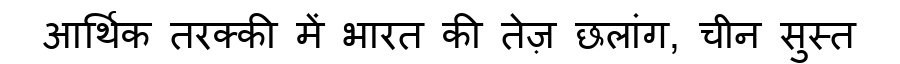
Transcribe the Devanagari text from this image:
आर्थिक तरक्की में भारत की तेज़ छलांग, चीन सुस्त